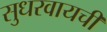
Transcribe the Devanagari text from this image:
सुधरवायची